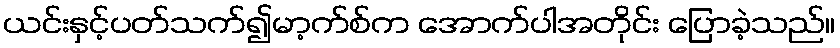
ယင်းနှင့်ပတ်သက်၍မာ့က်စ်က အောက်ပါအတိုင်း ပြောခဲ့သည်။